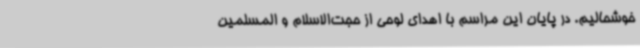
خوشحالیم. در پایان این مراسم با اهدای لوحی از حجت‌الاسلام و المسلمین